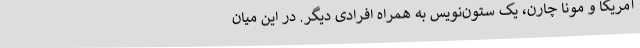
آمریکا و مونا چارن، یک ستون‌نویس به همراه افرادی دیگر. در این میان